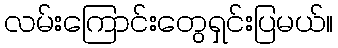
လမ်းကြောင်းတွေရှင်းပြမယ်။